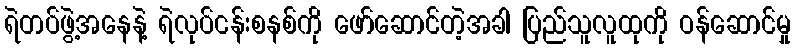
ရဲတပ်ဖွဲ့အနေနဲ့ ရဲလုပ်ငန်းစနစ်ကို ဖော်ဆောင်တဲ့အခါ ပြည်သူလူထုကို ဝန်ဆောင်မှု